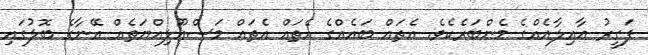
ފަގީރު ޢާއިލާއެއްގެ މެންބަރެކެވެ. އެތައް ބައެއްގެ އެތައް އެތައް މަސްއޫލިއްޔަތެއް އޭނާގެ ބޮލުގައި